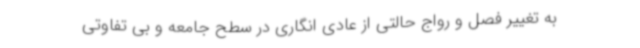
به تغییر فصل و رواج حالتی از عادی انگاری در سطح جامعه و بی تفاوتی